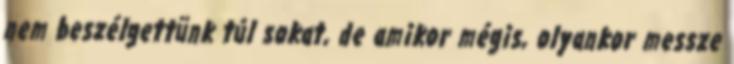
nem beszélgettünk túl sokat, de amikor mégis, olyankor messze